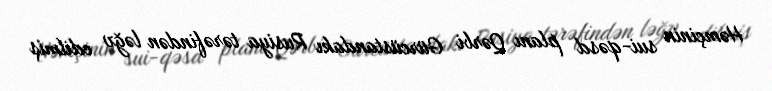
Həmçinin sui-qəsd planı Qərbi Gürcüstandakı Rusiya tərəfindən ləğv edilmiş